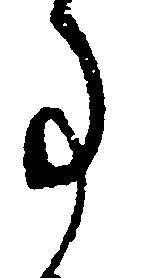
事